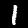
Label: 1